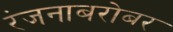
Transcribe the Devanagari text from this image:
रंजनाबरोबर